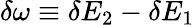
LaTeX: \delta\omega\equiv\delta E_{2}-\delta E_{1}